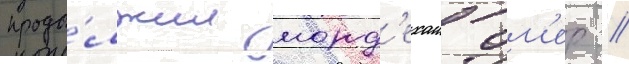
продо́лжил морд'ехаи ом'ер //